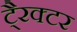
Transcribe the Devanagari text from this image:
टै्रक्टर